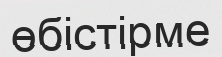
өбістірме